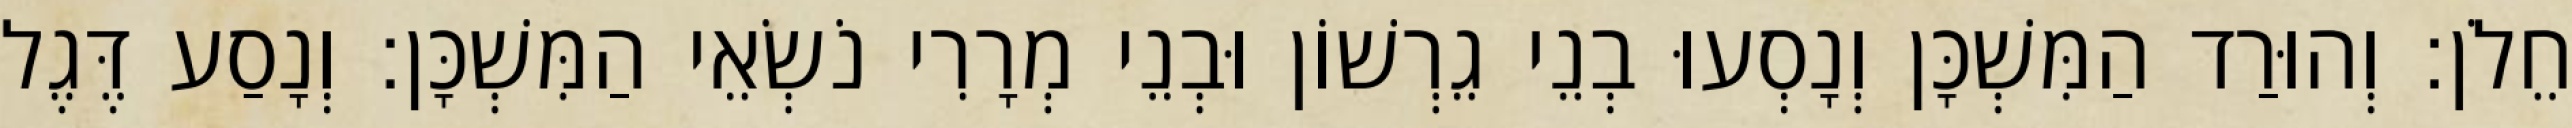
חֵלֹן׃ וְהוּרַד הַמִּשְׁכָּן וְנָסְעוּ בְנֵי גֵרְשׁוֹן וּבְנֵי מְרָרִי נֹשְׂאֵי הַמִּשְׁכָּן׃ וְנָסַע דֶּגֶל